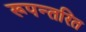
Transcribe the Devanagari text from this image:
रूपन्तरित